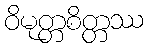
ဝိမုတ္တစိတ္တဿ